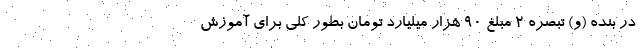
در بنده (و) تبصره 2 مبلغ 90 هزار میلیارد تومان بطور کلی برای آموزش